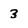
Character: 3